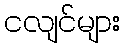
ငလျင်များ